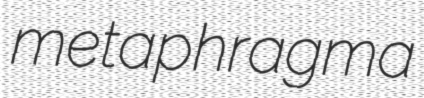
metaphragma